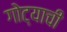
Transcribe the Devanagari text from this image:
गोट्याची